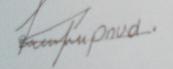
Signature authenticity: forged